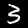
Digit: 3